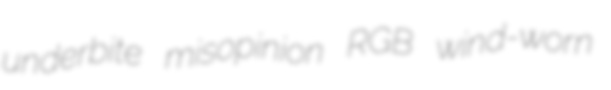
underbite misopinion RGB wind-worn